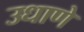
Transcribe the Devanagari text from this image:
उधाणे